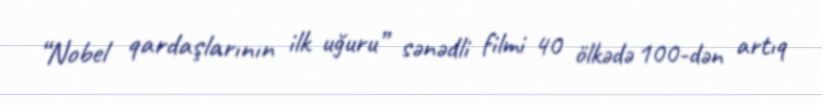
“Nobel qardaşlarının ilk uğuru” sənədli filmi 40 ölkədə 100-dən artıq